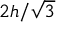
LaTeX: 2 h / { \sqrt { 3 } }